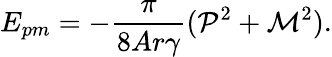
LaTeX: E_{pm}=-\frac{\pi}{8Ar{\gamma}}({\cal P}^{2}+{\cal M}^{2}).